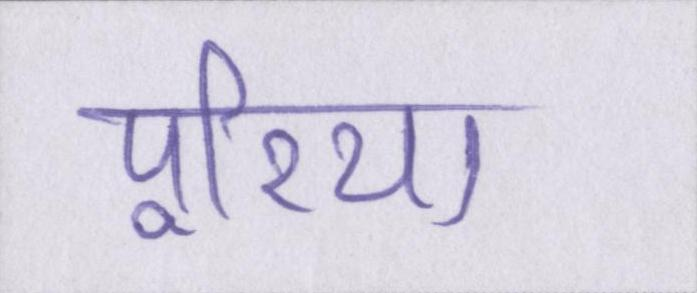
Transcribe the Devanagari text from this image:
पूरिया